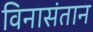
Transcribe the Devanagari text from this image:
विनासंतान